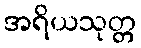
အရိယသုတ္တ